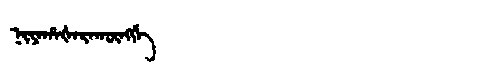
Manchu: ᠨᡳᠶᠠᡥᠠᡧᠠᡵᠠᡴᡡᠩᡤᡝ
Romanization: NIYAHAŠARAKŪNGGE